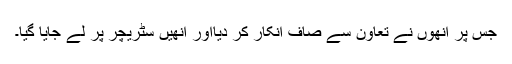
جس پر انھوں نے تعاون سے صاف انکار کر دیااور انھیں سٹریچر پر لے جایا گیا۔